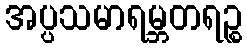
အပ္ပသမာရမ္ဘတရဉ္စ